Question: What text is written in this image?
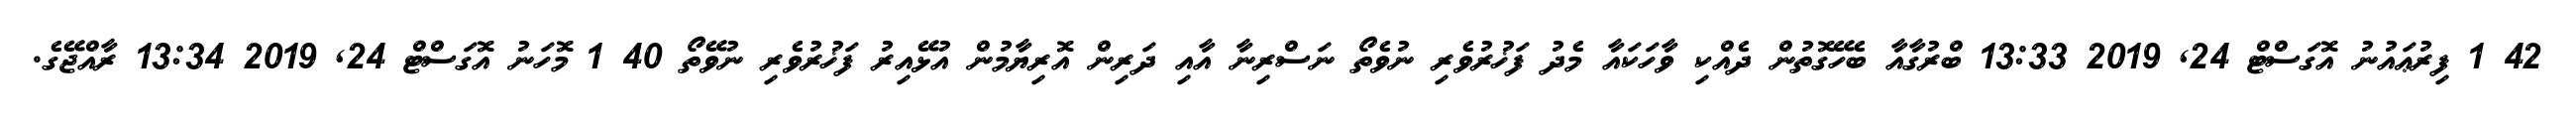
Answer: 42 1 ފިރުޢައުނު އޮގަސްޓް 24, 2019 13:33 ބްރުގާއާ ބެހޭގޮތުން ދެއްކި ވާހަކައާ މެދު ފަޚުރުވެރި ނުވެތޯ ނަސްރިނާ އާއި ދަރިން އޮރިޔާމުން އުޅޭއިރު ފަޚުރުވެރި ނުވޭތޯ 40 1 މޮހަނު އޮގަސްޓް 24, 2019 13:34 ރާއްޖޭގެ.